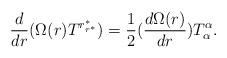
LaTeX: \begin{align*}\frac{d}{dr}(\Omega(r)T^{r^{\ast}_{r^{\ast}}})= \frac{1}{2}(\frac{d\Omega(r)}{dr})T^{\alpha}_{\alpha}.\end{align*}